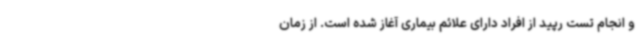
و انجام تست رپید از افراد دارای علائم بیماری آغاز شده است. از زمان